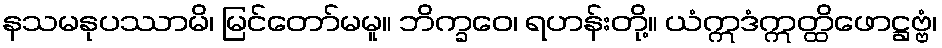
နသမနုပဿာမိ၊ မြင်တော်မမူ။ ဘိက္ခဝေ၊ ရဟန်းတို့။ ယံဣဒံဣတ္ထိဖောဋ္ဌဗ္ဗံ၊